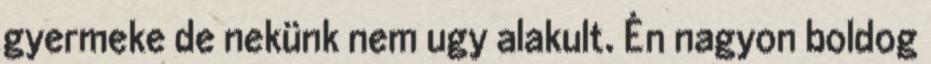
gyermeke de nekünk nem ugy alakult. Ėn nagyon boldog